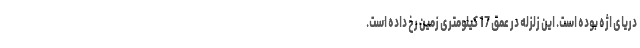
دریای اژه بوده است. این زلزله در عمق 17 کیلومتری زمین رخ داده است.